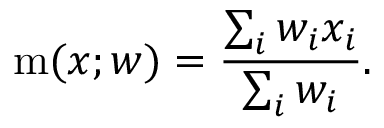
\operatorname { m } ( x ; w ) = { \frac { \sum _ { i } w _ { i } x _ { i } } { \sum _ { i } w _ { i } } } .